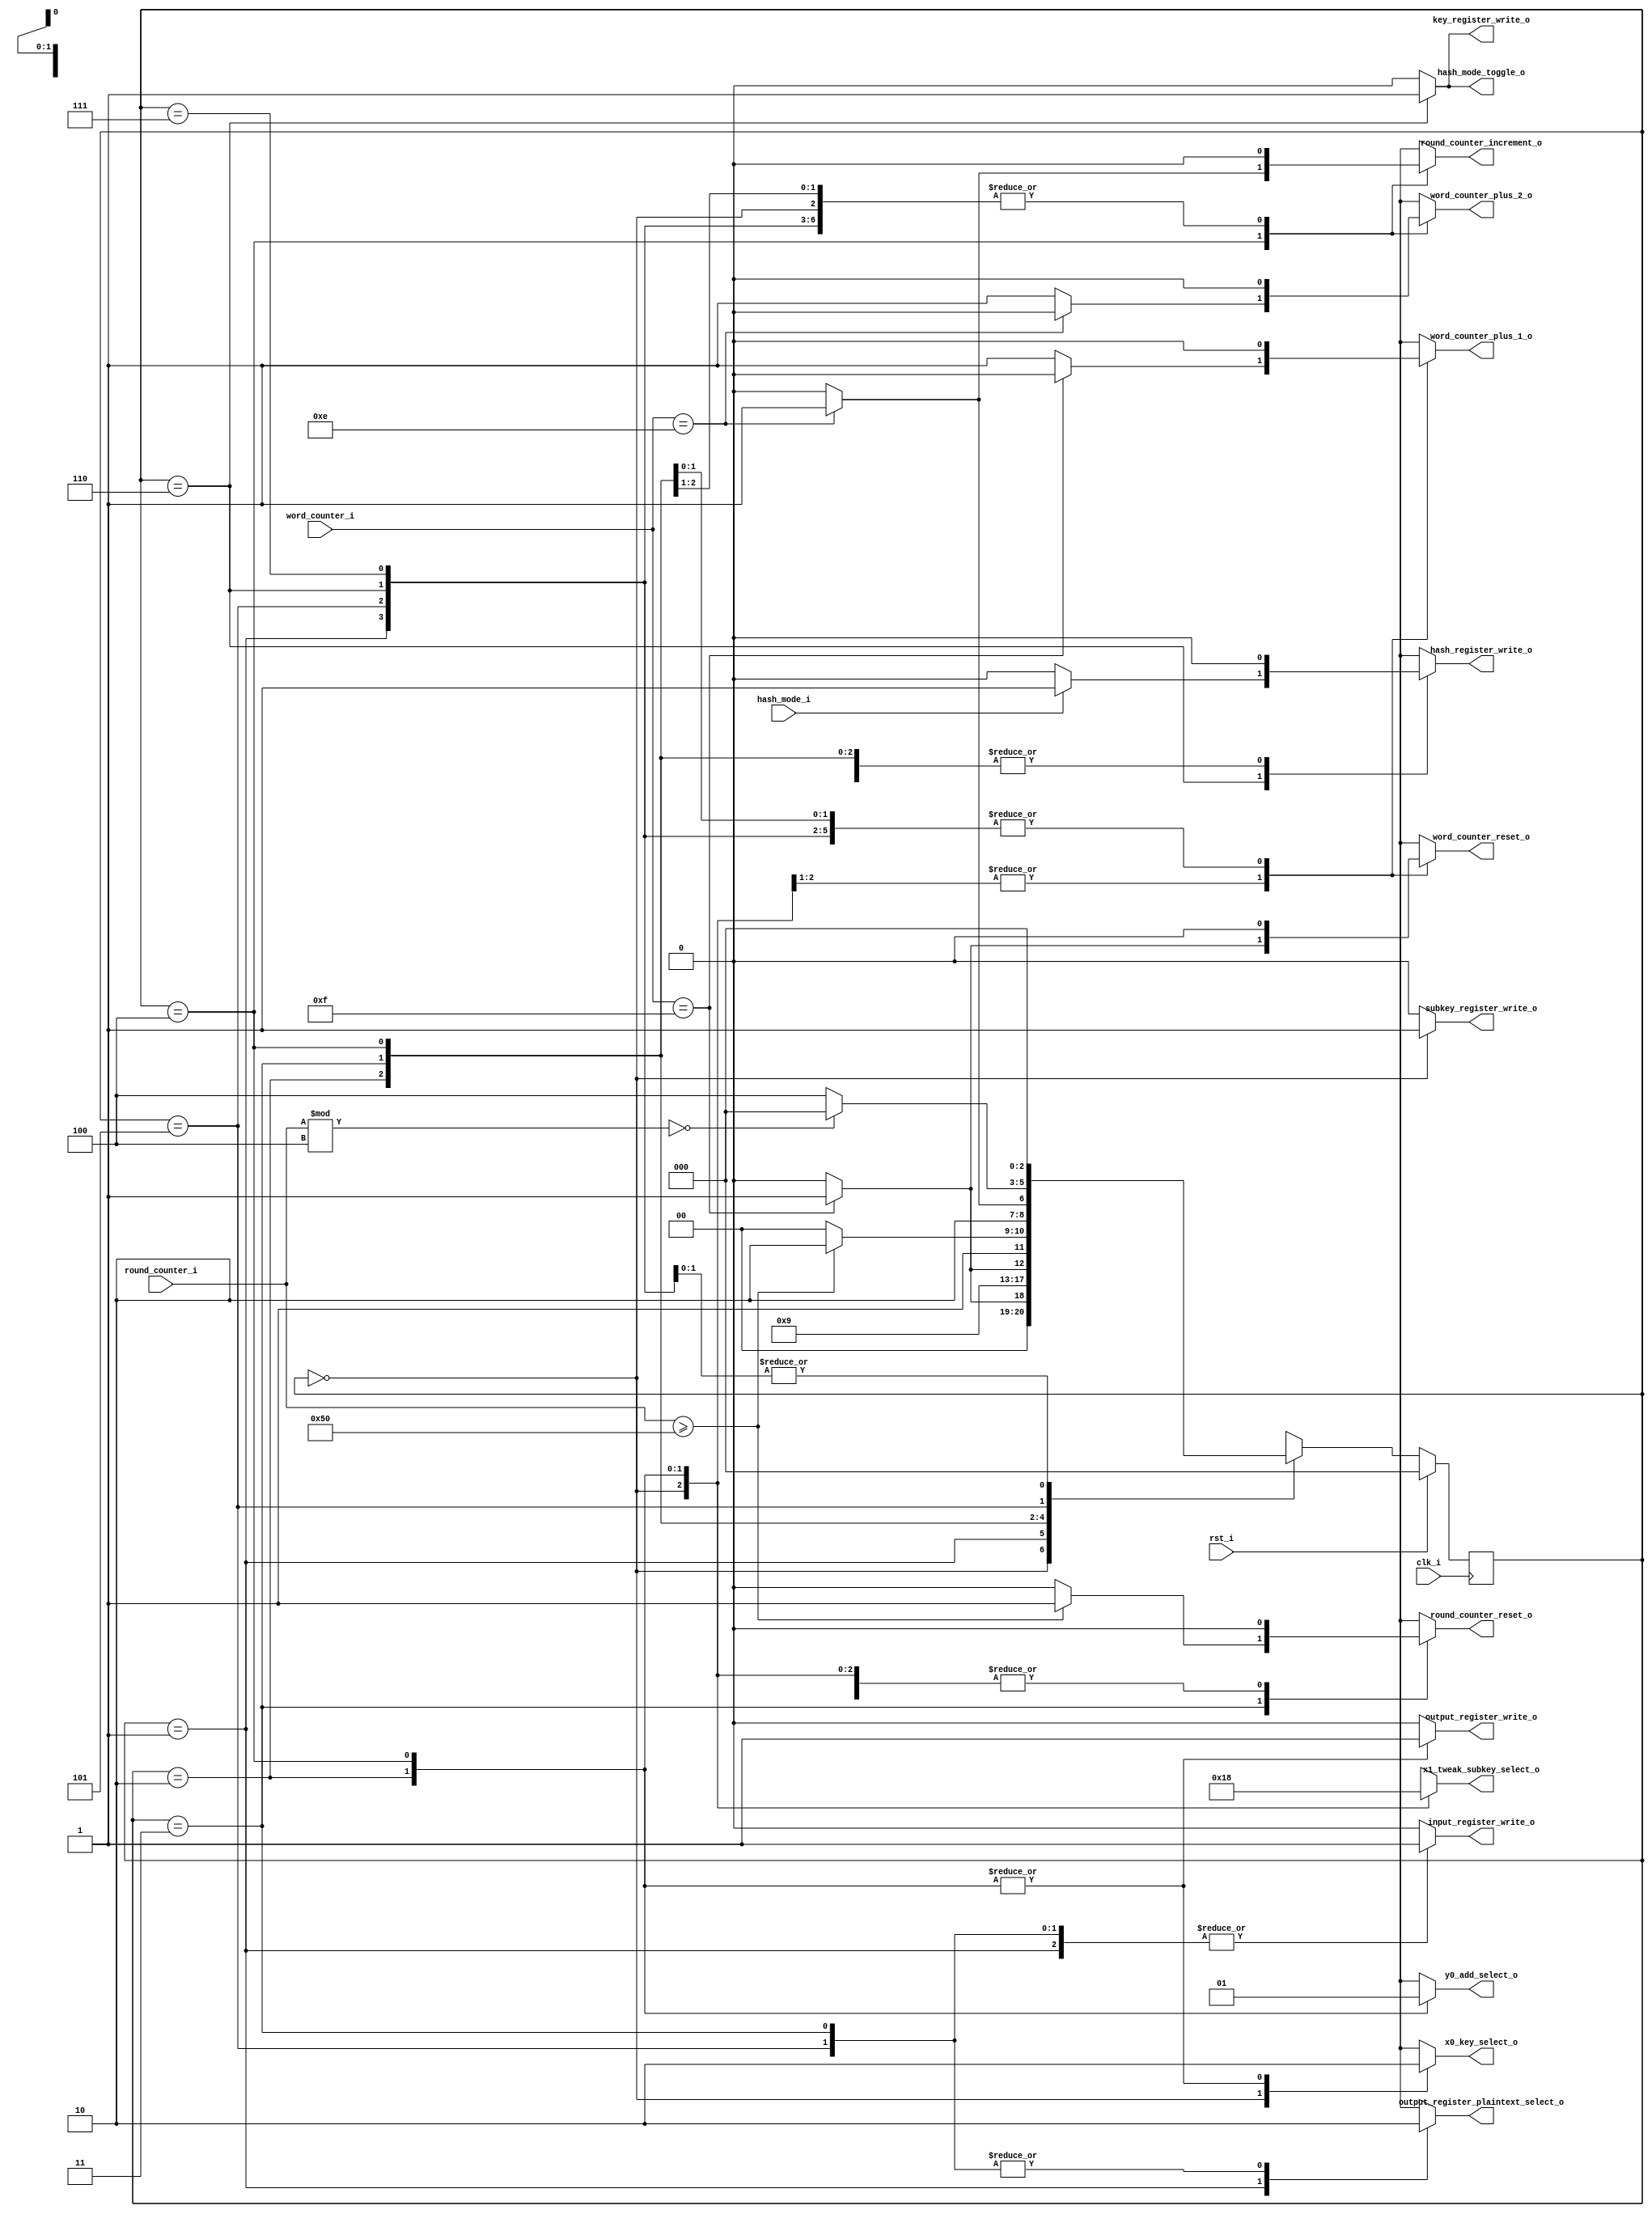
module state_machine (
	input clk_i,
	input rst_i,
	input [6:0] round_counter_i,
	input [3:0] word_counter_i,
	input hash_mode_i,

	// Mealy Outputs
	output reg word_counter_reset_o,
	output reg word_counter_plus_1_o,
	output reg word_counter_plus_2_o,
	output reg round_counter_increment_o,
	output reg round_counter_reset_o,
	output reg hash_register_write_o,

	// Moore Outputs
	output reg input_register_write_o,
	output reg output_register_write_o,
	output reg key_register_write_o,
	output reg subkey_register_write_o,
	output reg x0_key_select_o,
	output reg [1:0] x1_tweak_subkey_select_o,
	output reg output_register_plaintext_select_o,
	output reg hash_mode_toggle_o,
	output reg y0_add_select_o
);

reg [2:0] state, nextstate;

localparam	STATE_SUBKEY_GENERATE		= 0,
			STATE_INIT_PLAINTEXT		= 1,
			STATE_SUBKEY_ADD			= 2,
			STATE_SUBKEY_ADD_IR_WRITE	= 3,
			STATE_THREEFISH				= 4,
			STATE_THREEFISH_IR_WRITE	= 5,
			STATE_FINALIZE_HASH			= 6,
			STATE_INVALID				= 7;

always @(posedge clk_i) begin
	if (rst_i) begin
		state <= STATE_SUBKEY_GENERATE;
	end else begin
		state <= nextstate;
	end
end

always @(*) begin // Mealy Outputs and nextstate
	word_counter_reset_o = 1'b0;
	word_counter_plus_1_o = 1'b0;
	word_counter_plus_2_o = 1'b0;
	round_counter_reset_o = 1'b0;
	round_counter_increment_o = 1'b0;
	hash_register_write_o = 1'b0;

	case(state)
		STATE_SUBKEY_GENERATE:
			if (word_counter_i == 4'd15) begin
				word_counter_reset_o = 1'b1;
				nextstate = STATE_INIT_PLAINTEXT;
			end else begin
				word_counter_plus_1_o = 1'b1;
				nextstate = STATE_SUBKEY_GENERATE;
			end

		STATE_INIT_PLAINTEXT:
			nextstate = STATE_SUBKEY_ADD;

		STATE_SUBKEY_ADD:
			if (word_counter_i == 4'd15) begin
				word_counter_reset_o = 1'b1;
				nextstate = STATE_SUBKEY_ADD_IR_WRITE;
			end else begin
				word_counter_plus_1_o = 1'b1;
				nextstate = STATE_SUBKEY_ADD;
			end

		STATE_SUBKEY_ADD_IR_WRITE:
			if (round_counter_i >= 7'd80) begin
				round_counter_reset_o = 1'b1;
				nextstate = STATE_FINALIZE_HASH;
			end else begin
				nextstate = STATE_THREEFISH;
			end

		STATE_THREEFISH:
			if (word_counter_i == 4'd14) begin
				round_counter_increment_o = 1'b1;
				word_counter_reset_o = 1'b0;
				nextstate = STATE_THREEFISH_IR_WRITE;
			end else begin
				word_counter_plus_2_o = 1'b1;
				nextstate = STATE_THREEFISH;
			end

		STATE_THREEFISH_IR_WRITE:
			if ((round_counter_i % 4) == 7'd0)
				nextstate = STATE_SUBKEY_GENERATE;
			else
				nextstate = STATE_THREEFISH;

		STATE_FINALIZE_HASH:
			if (hash_mode_i == 1'b1) begin // 1 = Output Mode
				hash_register_write_o = 1'b1;
				nextstate = STATE_SUBKEY_GENERATE;
			end else
				nextstate = STATE_SUBKEY_GENERATE;

		STATE_INVALID:
			nextstate = STATE_SUBKEY_GENERATE;
	endcase
end

always @(*) begin // Moore Outputs
	input_register_write_o = 1'b0;
	output_register_write_o = 1'b0;
	key_register_write_o = 1'b0;
	subkey_register_write_o = 1'b0;
	x0_key_select_o = 1'bx;
	x1_tweak_subkey_select_o = 2'bxx;
	output_register_plaintext_select_o = 1'bx;
	hash_mode_toggle_o = 1'b0;
	y0_add_select_o = 1'bx;

	case (state)
		STATE_SUBKEY_GENERATE:
		begin
			x0_key_select_o = 1'b1; // Key
			x1_tweak_subkey_select_o = 2'b01; // Tweak
			subkey_register_write_o = 1'b1;
		end

		STATE_INIT_PLAINTEXT:
		begin
			output_register_plaintext_select_o = 1'b1; // Plaintext
			input_register_write_o = 1'b1;
		end

		STATE_SUBKEY_ADD:
		begin
			x0_key_select_o = 1'b0; // X0
			x1_tweak_subkey_select_o = 2'b10; // Subkey
			y0_add_select_o = 1'b0; // Add Mode
			output_register_write_o = 1'b1;
		end

		STATE_SUBKEY_ADD_IR_WRITE:
		begin
			output_register_plaintext_select_o = 1'b0; // Output Register
			input_register_write_o = 1'b1;
		end

		STATE_THREEFISH:
		begin
			x0_key_select_o = 1'b0; // X0
			x1_tweak_subkey_select_o = 2'b00; // X1
			y0_add_select_o = 1'b1; // Y0 Mode
			output_register_write_o = 1'b1;
		end

		STATE_THREEFISH_IR_WRITE:
		begin
			output_register_plaintext_select_o = 1'b0; // Output Register
			input_register_write_o = 1'b1;
		end

		STATE_FINALIZE_HASH:
		begin
			key_register_write_o = 1'b1;
			hash_mode_toggle_o = 1'b1;
		end
	endcase
end

endmodule